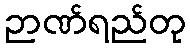
ဉာဏ်ရည်တု